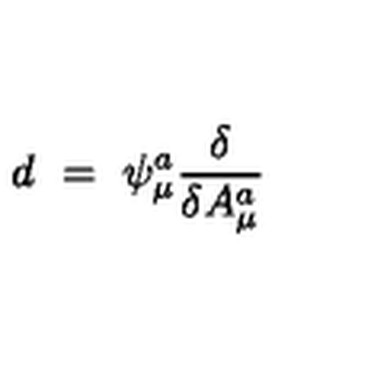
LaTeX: d \ = \ \psi _ { \mu } ^ { a } { \frac { \delta } { \delta A _ { \mu } ^ { a } } }